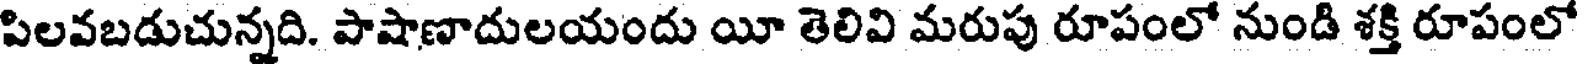
పిలవబడుచున్నది. పాషాణాదులయందు యీ తెలివి మరుపు రూపంలో నుండి శక్తి రూపంలో